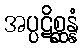
အပ္ပဋိစ္ဆန္နံ